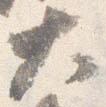
大